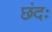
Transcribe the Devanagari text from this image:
छंदः